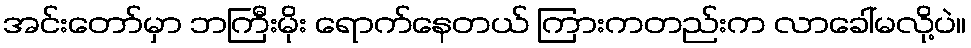
အင်းတော်မှာ ဘကြီးမိုး ရောက်နေတယ် ကြားကတည်းက လာခေါ်မလို့ပဲ။